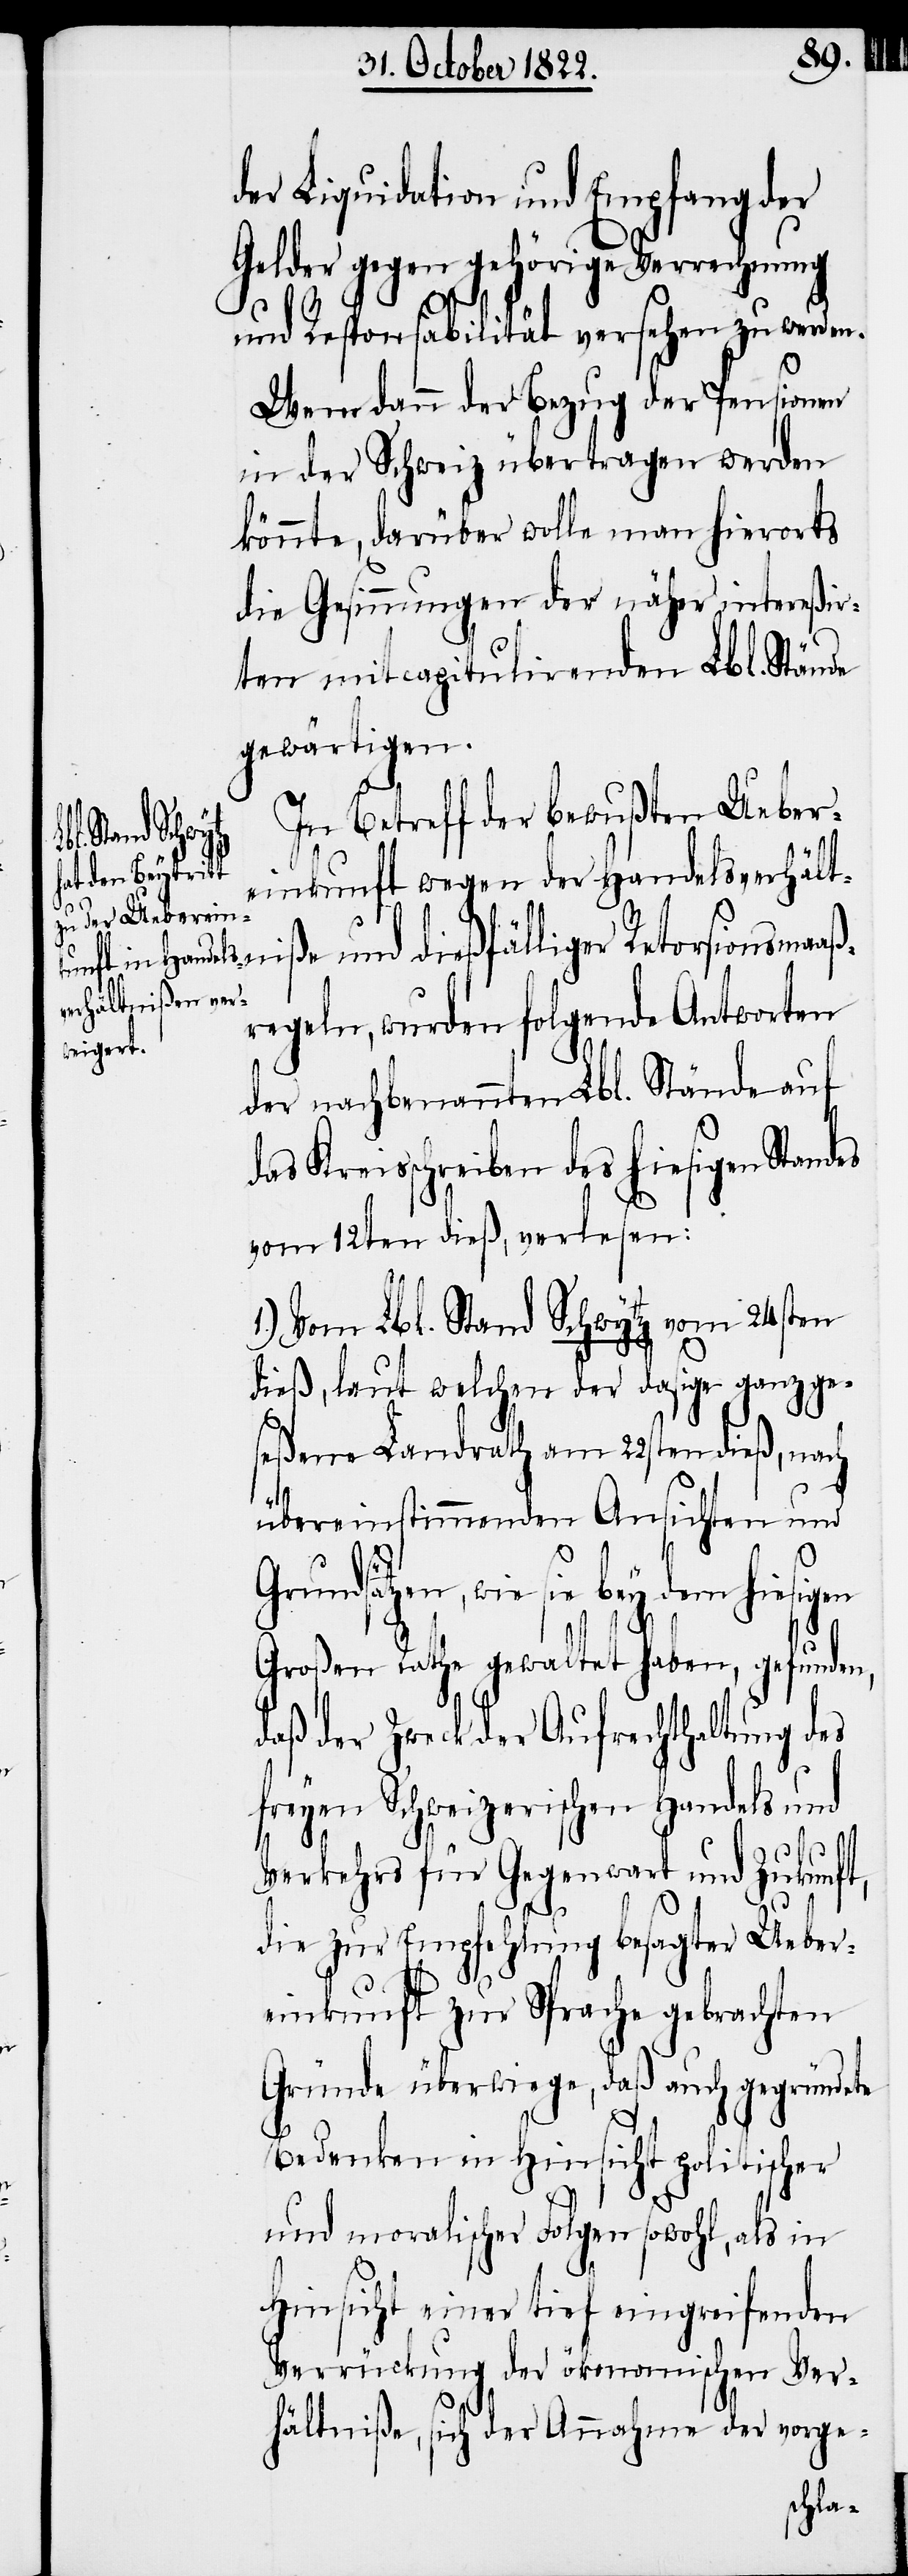
der Liquidation und Empfang der
Gelder gegen gehörige Verrechnung
und Responsabilität versehen zu werden.
Wem dann der Bezug der Pensionen
in der Schweiz übertragen werden
könnte, darüber wolle man hierorts
die Gesinnungen der näher intereßir¬
ten mitcapitulirenden Lbl. Stände
gewärtigen.
In Betreff der bewußten Ueber¬
einkunft wegen der Handelsverhält¬
niße und dießfälliger Retorsionsmaaß¬
regeln, wurden folgende Antworten
der nachbenannten Lbl. Stände auf
das Kreisschreiben des hiesgien Standes
vom 12ten dieß, verlesen:
1.) Vom Lbl. Stand Schwytz vom 24sten
dieß, laut welchen der dasige ganz ge¬
seßene Landrath am 22sten dieß, nach
n,
übereinstimmenden Ansichten und
Grundsätzen, wie sie bey dem
Großen Rathe gewaltet haben, gefunde¬
daß der Zweck der Aufrechthaltung des
freyen Schweizerischen Handels und
Verkehrs für Gegenwart und Zukunft,
die zur Empfehlung besagter Ueber¬
einkunft zur Sprache gebrachten
Gründe überwiege, daß auch gegründete
Bedenken in Hinsicht politischer
und moralischer Folgen sowohl, als in
Hinsicht einer tief eingreifenden
Verrückung der ökonomischen Ver¬
hältniße, sich der Annahme der vorge-